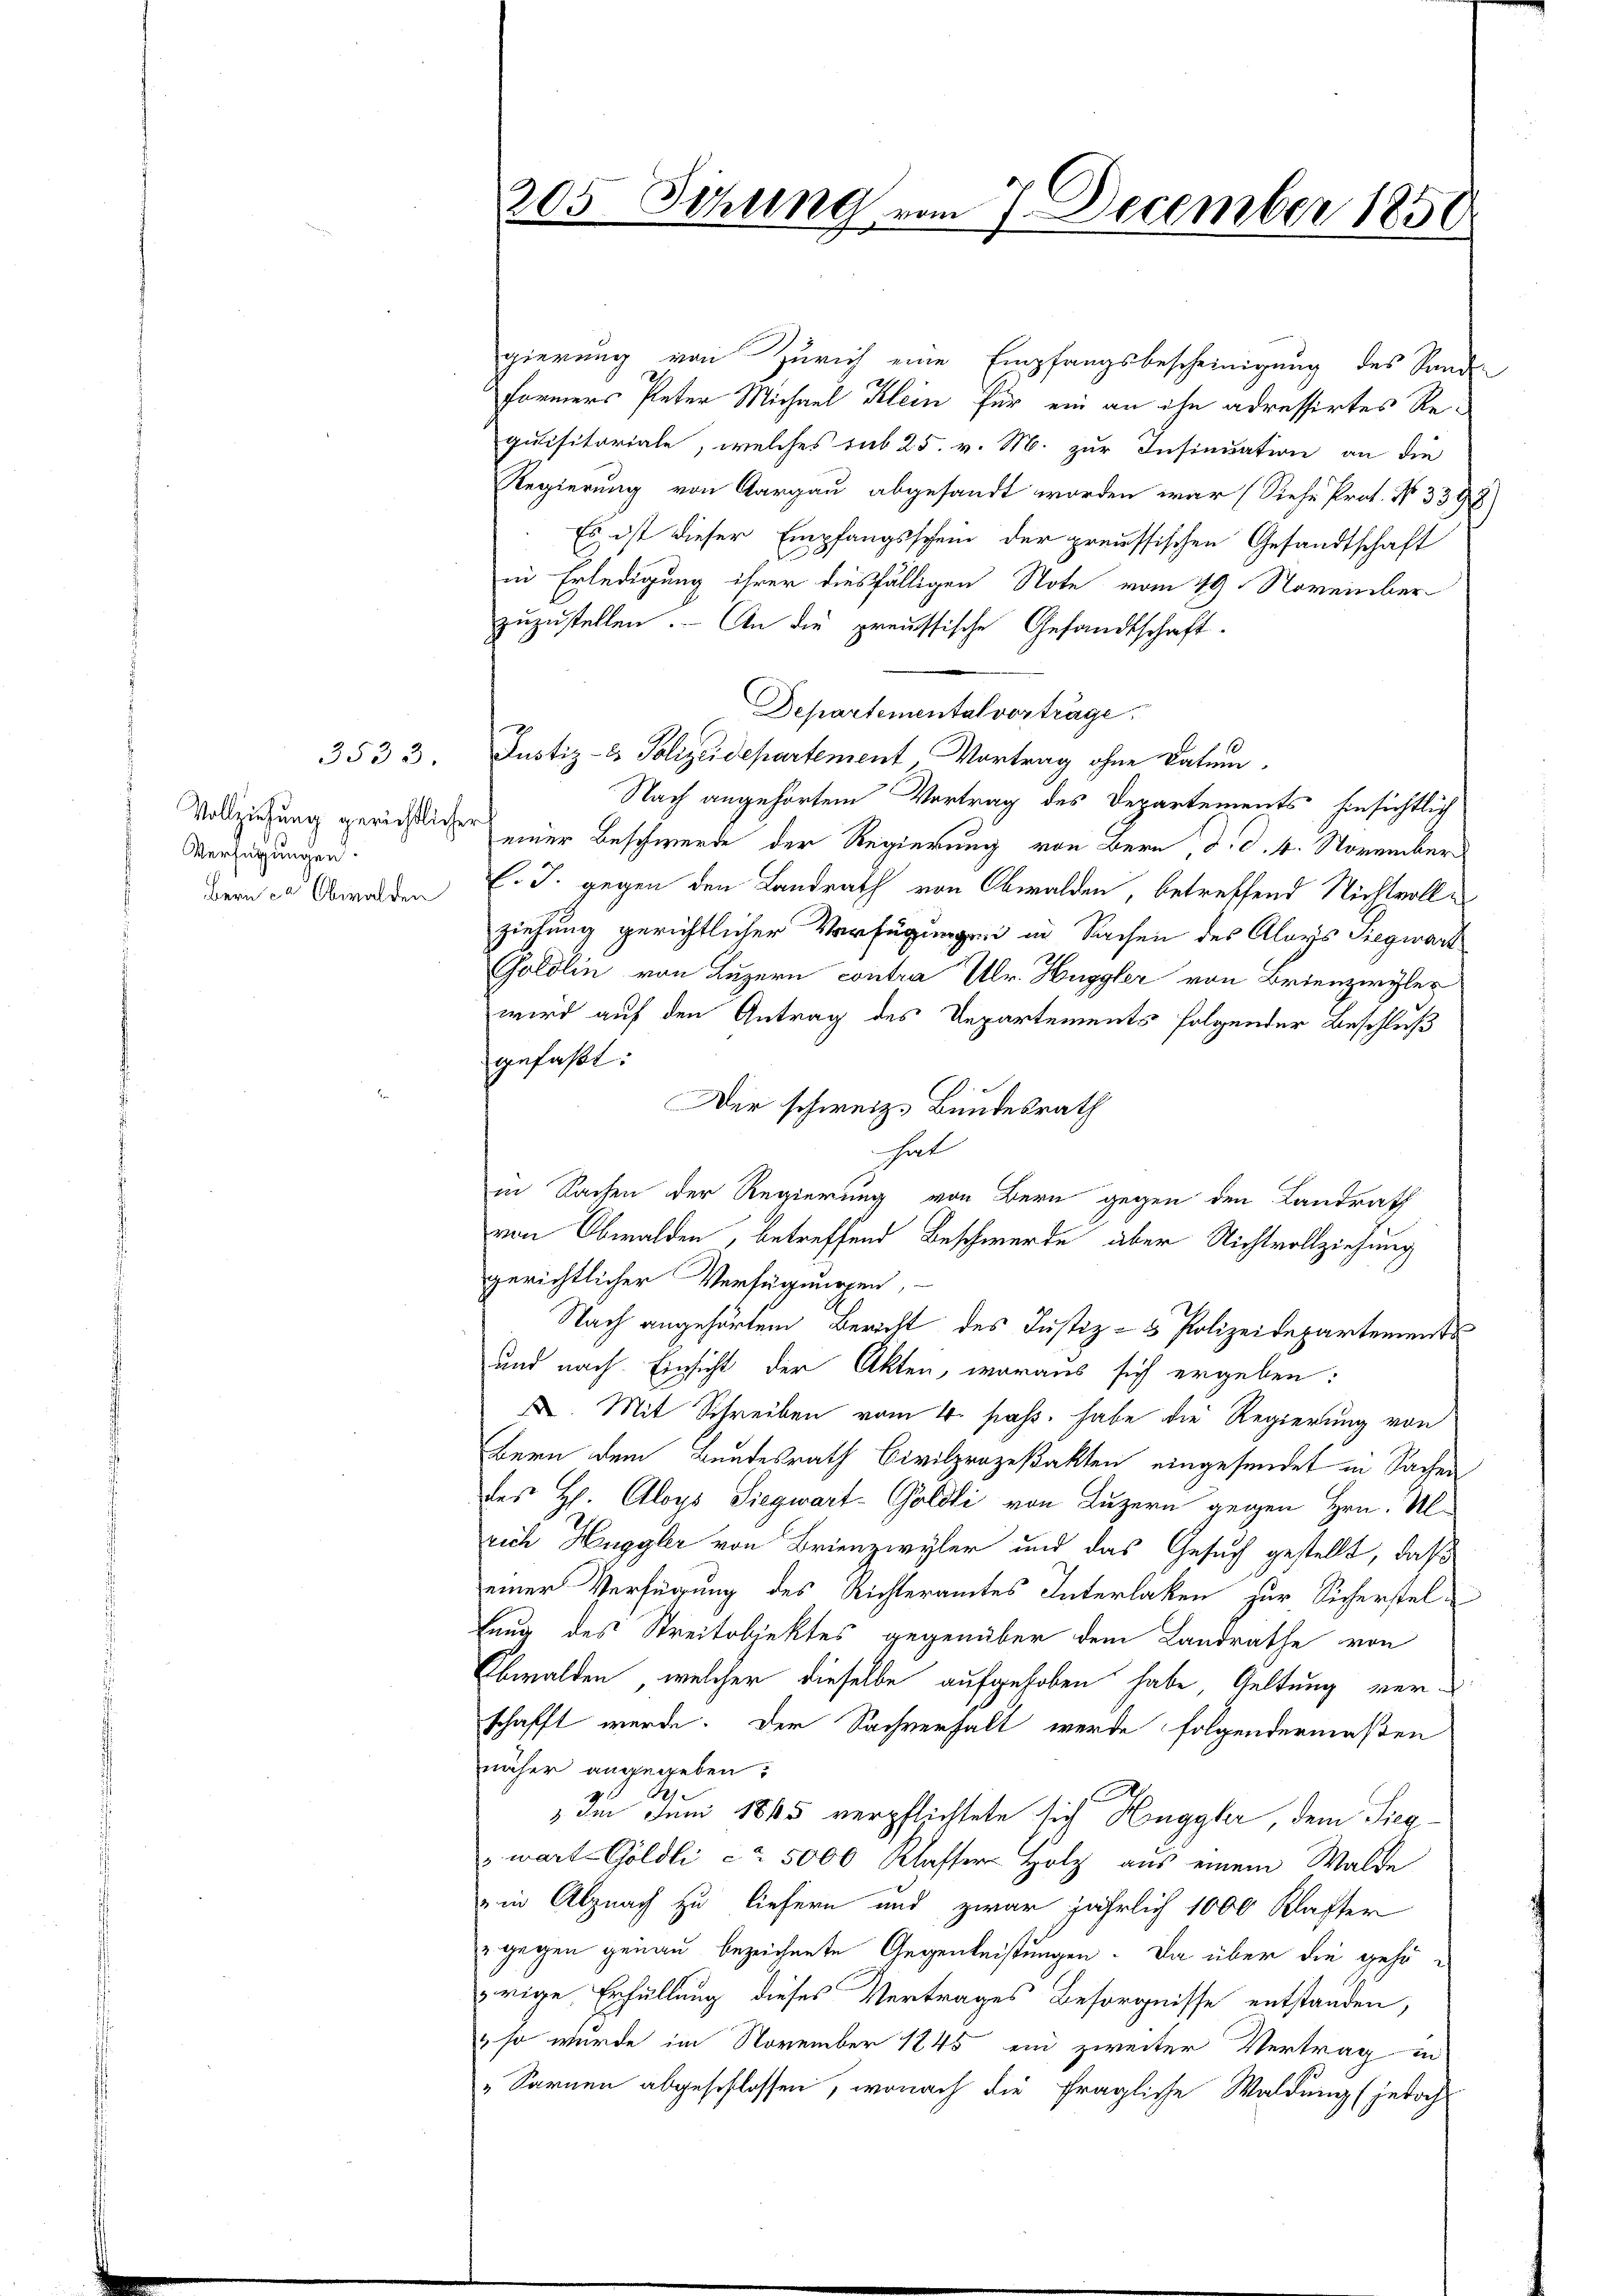
Verfügungen.
Bern ca Obwalden

3533.

gierung von Zürich eine Empfangsbescheinigung des Stande
Formers Peter Michael Klein für ein an ihn adressirtes Requisitoriale, welches sub 25. v. M. zur Insinuation an die
Regierung von Aargau abgesandt worden war (Siehe Prot. No. 3398)
Es ist dieser Empfangsschein der preussischen Gesandtschaft
in Erledigung ihrer diesfälligen Note vom 19. November
zuzustellen. - An die preussische Gesandtschaft.
Departemental vorträge
Justiz- & Polizeidepartement, Vortrag ohne Datum.
Nach angehörtem Vortrag des Departements hinsichtlich
Vollziehung gerichtlicher einer Beschwerde der Regierung von Bern, d. d. 4. November
l. J. gegen den Landrath von Obwalden, betreffend Nichtvollziehung gerichtlicher Verfügungen in Sachen des Aloys Siegwart
Goldlin von Luzern contra Ulr. Huggler von Brienzwyler
wird auf den Antrag des Departements folgender Beschluß
gefaßt:
Der schweiz. Bundesrath
hut
in Sachen der Regierung von Bern gegen den Landrath
von Obwalden, betreffend Beschwerde aber Nichtvollziehung
gerichtlicher Verfügungen,
Nach angehörtem Bericht des Justiz- & Polizeidepartements
und nach Einsicht der Akten, woraus sich ergeben:
. Mit Schreiben vom 4. pass. habe die Regierung von
Bern dem Bundesrath Civilprozeßakten eingesendet in Sachen
des H. Aloys Siegwart-Goldi von Luzern gegen Hrn. Ulrich Huggler von Brienzwyler und das Gesuch gestellt, daß
einer Verfügung des Richteramtes Interlaken zur Sicherstellung des Streitobjektes gegenüber dem Landrathe von
Obwalden, welcher dieselbe aufgehoben habe, Geltung verschafft werde. Der Sachverhalt werde folgendermaßen
näher angegeben;
) Im Juni 1865 verpflichtete sich Heggler, dem Siegwart Göldli ca 5000 Klassers Holz aus einem Walde
in Alpnach zu liefern und zwar jährlich 1000 Klafter
 gegen genau bezeichnete Gegenleistungen. Da über die gehörige Erfüllung dieses Vertrages Besorgnisse entstanden,
" so wurde im November 1845 ein zweiter Vertrag in
„Sarnen abgeschlossen, wonach die fragliche Waldung (jedoch

15 Sitzung vom 7. December 1850.